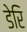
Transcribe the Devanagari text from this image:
डेरि